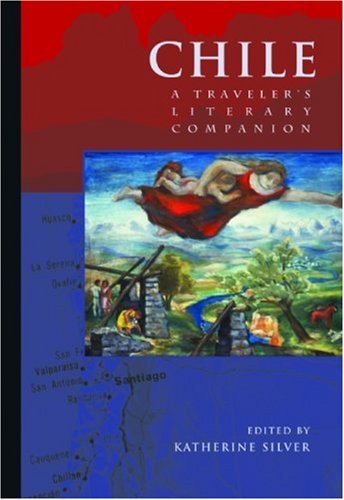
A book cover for Chile: A Traveler's Literary Companion (Traveler's Literary Companions); Travel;